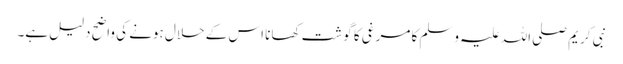
نبی کریم صلی اللہ علیہ وسلم کا مرغی کا گوشت کھانا اس کے حلال ہونے کی واضح دلیل ہے۔